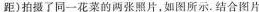
距)拍摄了同一花菜的两张照片，如图所示。结合图片